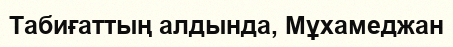
Табиғаттың алдында, Мұхамеджан